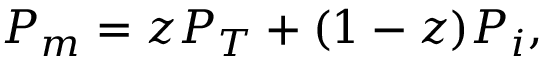
P _ { m } = z P _ { T } + ( 1 - z ) P _ { i } ,